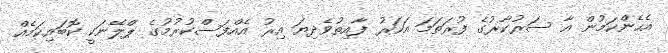
އެހެންކަމުން އާ ސަރުކާރުގެ ފުރަތަމަ އަހަރު ފާއިތުވެދިޔަ އިރު އެއްފަސްކުރުމުގެ ޕްލޭނަކީ ކޮބައިކަމެއް